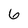
Character: 6